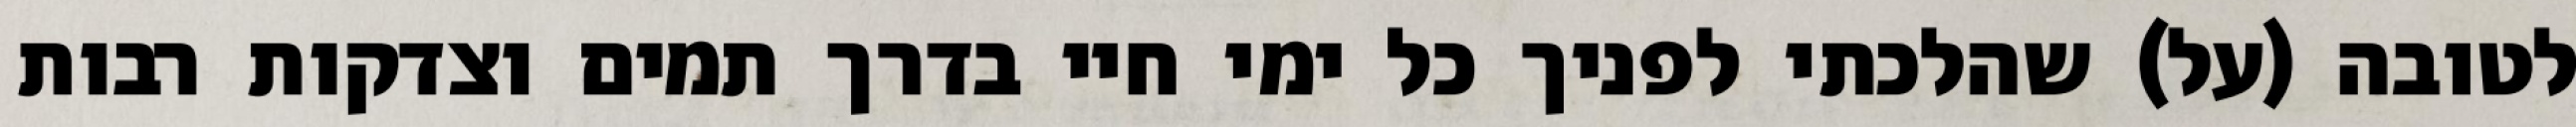
לטובה (על) שהלכתי לפניך כל ימי חיי בדרך תמים וצדקות רבות